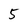
Character: 5